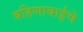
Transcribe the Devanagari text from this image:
बहिणाबाईचे